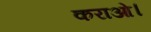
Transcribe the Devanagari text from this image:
कराओ।